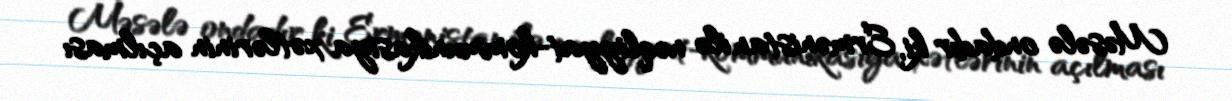
Məsələ ondadır ki, Ermənistan ilə nəqliyyat-kommunikasiya xətlərinin açılması